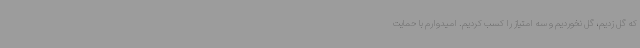
که گل زدیم، گل نخوردیم و سه امتیاز را کسب کردیم. امیدوارم با حمایت